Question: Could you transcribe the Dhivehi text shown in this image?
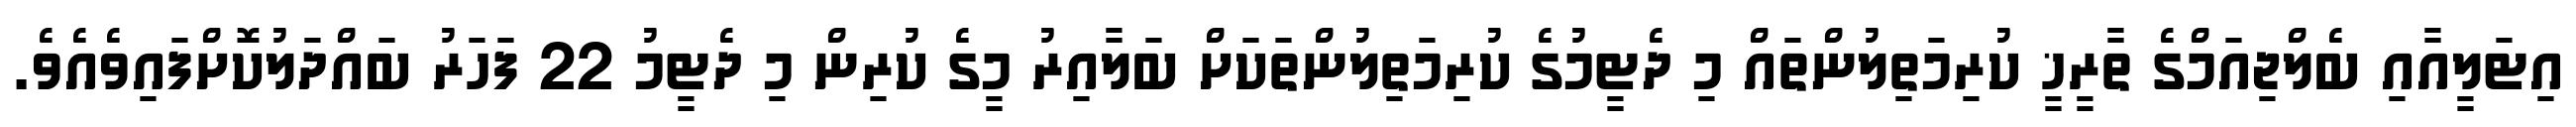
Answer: އިޓަލީއާއި ބެލްޖިއަމްގެ ތާރީޚީ ކުރިމަތިލުންތައް މި ދެޓީމުގެ ކުރިމަތިލުންތަކަށް ބަލާއިރު މީގެ ކުރިން މި ދެޓީމު 22 ފަހަރު ބައްދަލުކޮށްފައިވެއެވެ.